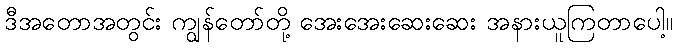
ဒီအတောအတွင်း ကျွန်တော်တို့ အေးအေးဆေးဆေး အနားယူကြတာပေါ့။